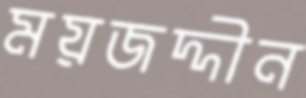
ময়জদ্দীন